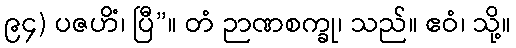
၉၄) ပဇဟိံ၊ ပြီ”။ တံ ဉာဏစက္ခု၊ သည်။ ဧဝံ၊ သို့။